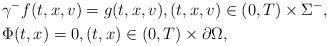
LaTeX: \begin{align*} &\gamma^- f(t,x,v)=g(t,x,v),(t,x,v)\in (0,T)\times \Sigma^-,\\ &\Phi(t,x)=0,(t,x)\in (0,T)\times\partial\Omega,\end{align*}